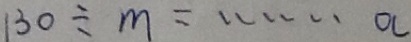
1 3 0 \div m = \cdots a